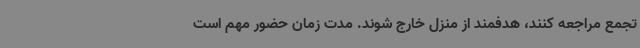
تجمع مراجعه کنند، هدفمند از منزل خارج شوند. مدت زمان حضور مهم است